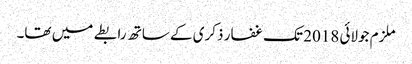
ملزم جولائی 2018 تک غفار ذکری کے ساتھ رابطے میں تھا۔